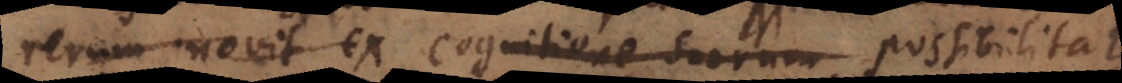
rerum novit ex cognitione suorum possibilitatem